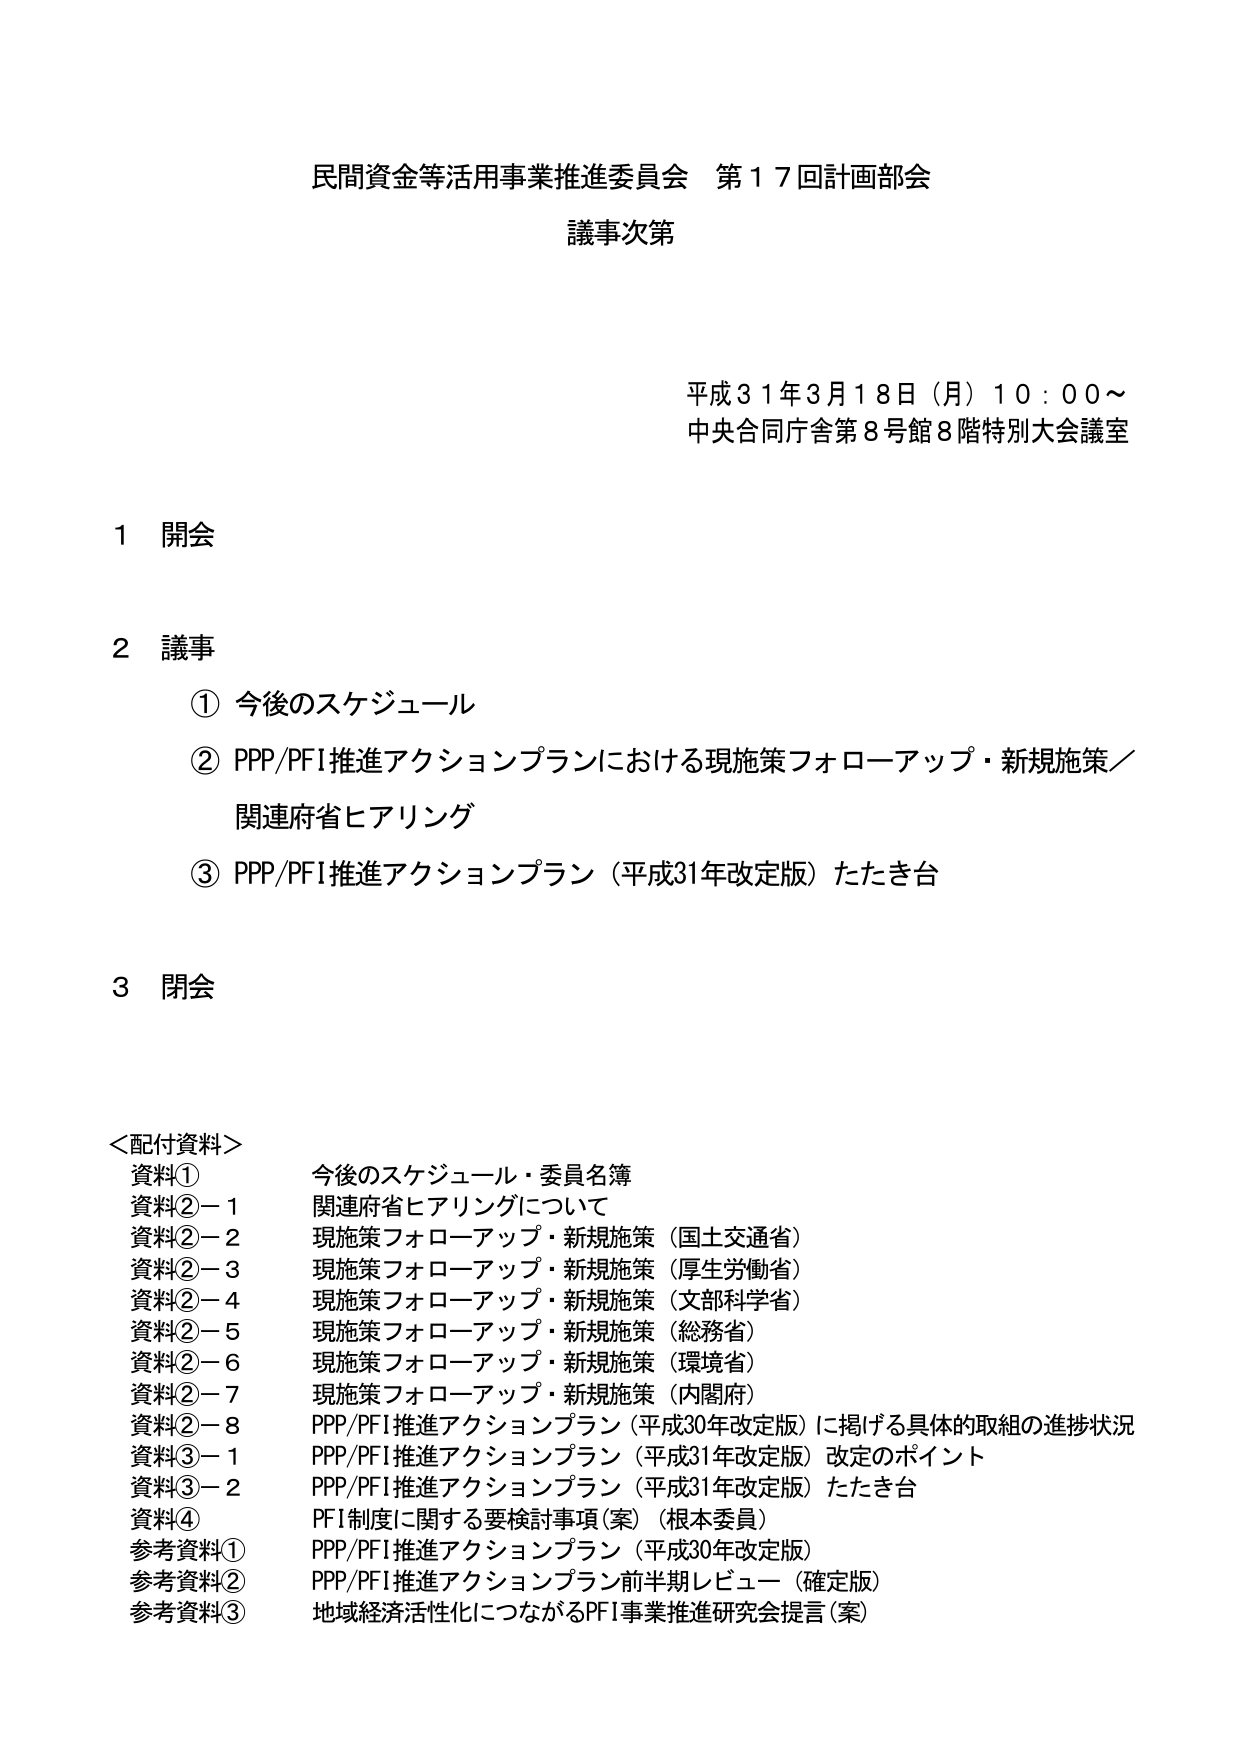
民間資金等活用事業推進委員会 第17回計画部会
議事次第

平成31年3月18日（月）10:00～
中央合同庁舎第8号館8階特別大会議室

1 開会

2 議事
　① 今後のスケジュール
　② PPP/PFI推進アクションプランにおける現施策フォローアップ・新規施策／
　　　関連府省ヒアリング
　③ PPP/PFI推進アクションプラン（平成31年改定版）たたき台

3 閉会

＜配付資料＞
資料① 今後のスケジュール・委員名簿
資料②－1 関連府省ヒアリングについて
資料②－2 現施策フォローアップ・新規施策（国土交通省）
資料②－3 現施策フォローアップ・新規施策（厚生労働省）
資料②－4 現施策フォローアップ・新規施策（文部科学省）
資料②－5 現施策フォローアップ・新規施策（総務省）
資料②－6 現施策フォローアップ・新規施策（環境省）
資料②－7 現施策フォローアップ・新規施策（内閣府）
資料②－8 PPP/PFI推進アクションプラン（平成30年改定版）に掲げる具体的取組の進捗状況
資料③－1 PPP/PFI推進アクションプラン（平成31年改定版）改定のポイント
資料③－2 PPP/PFI推進アクションプラン（平成31年改定版）たたき台
資料④ PFI制度に関する要検討事項（案）（根本委員）
参考資料① PPP/PFI推進アクションプラン（平成30年改定版）
参考資料② PPP/PFI推進アクションプラン前半期レビュー（確定版）
参考資料③ 地域経済活性化につながるPFI事業推進研究会提言（案）